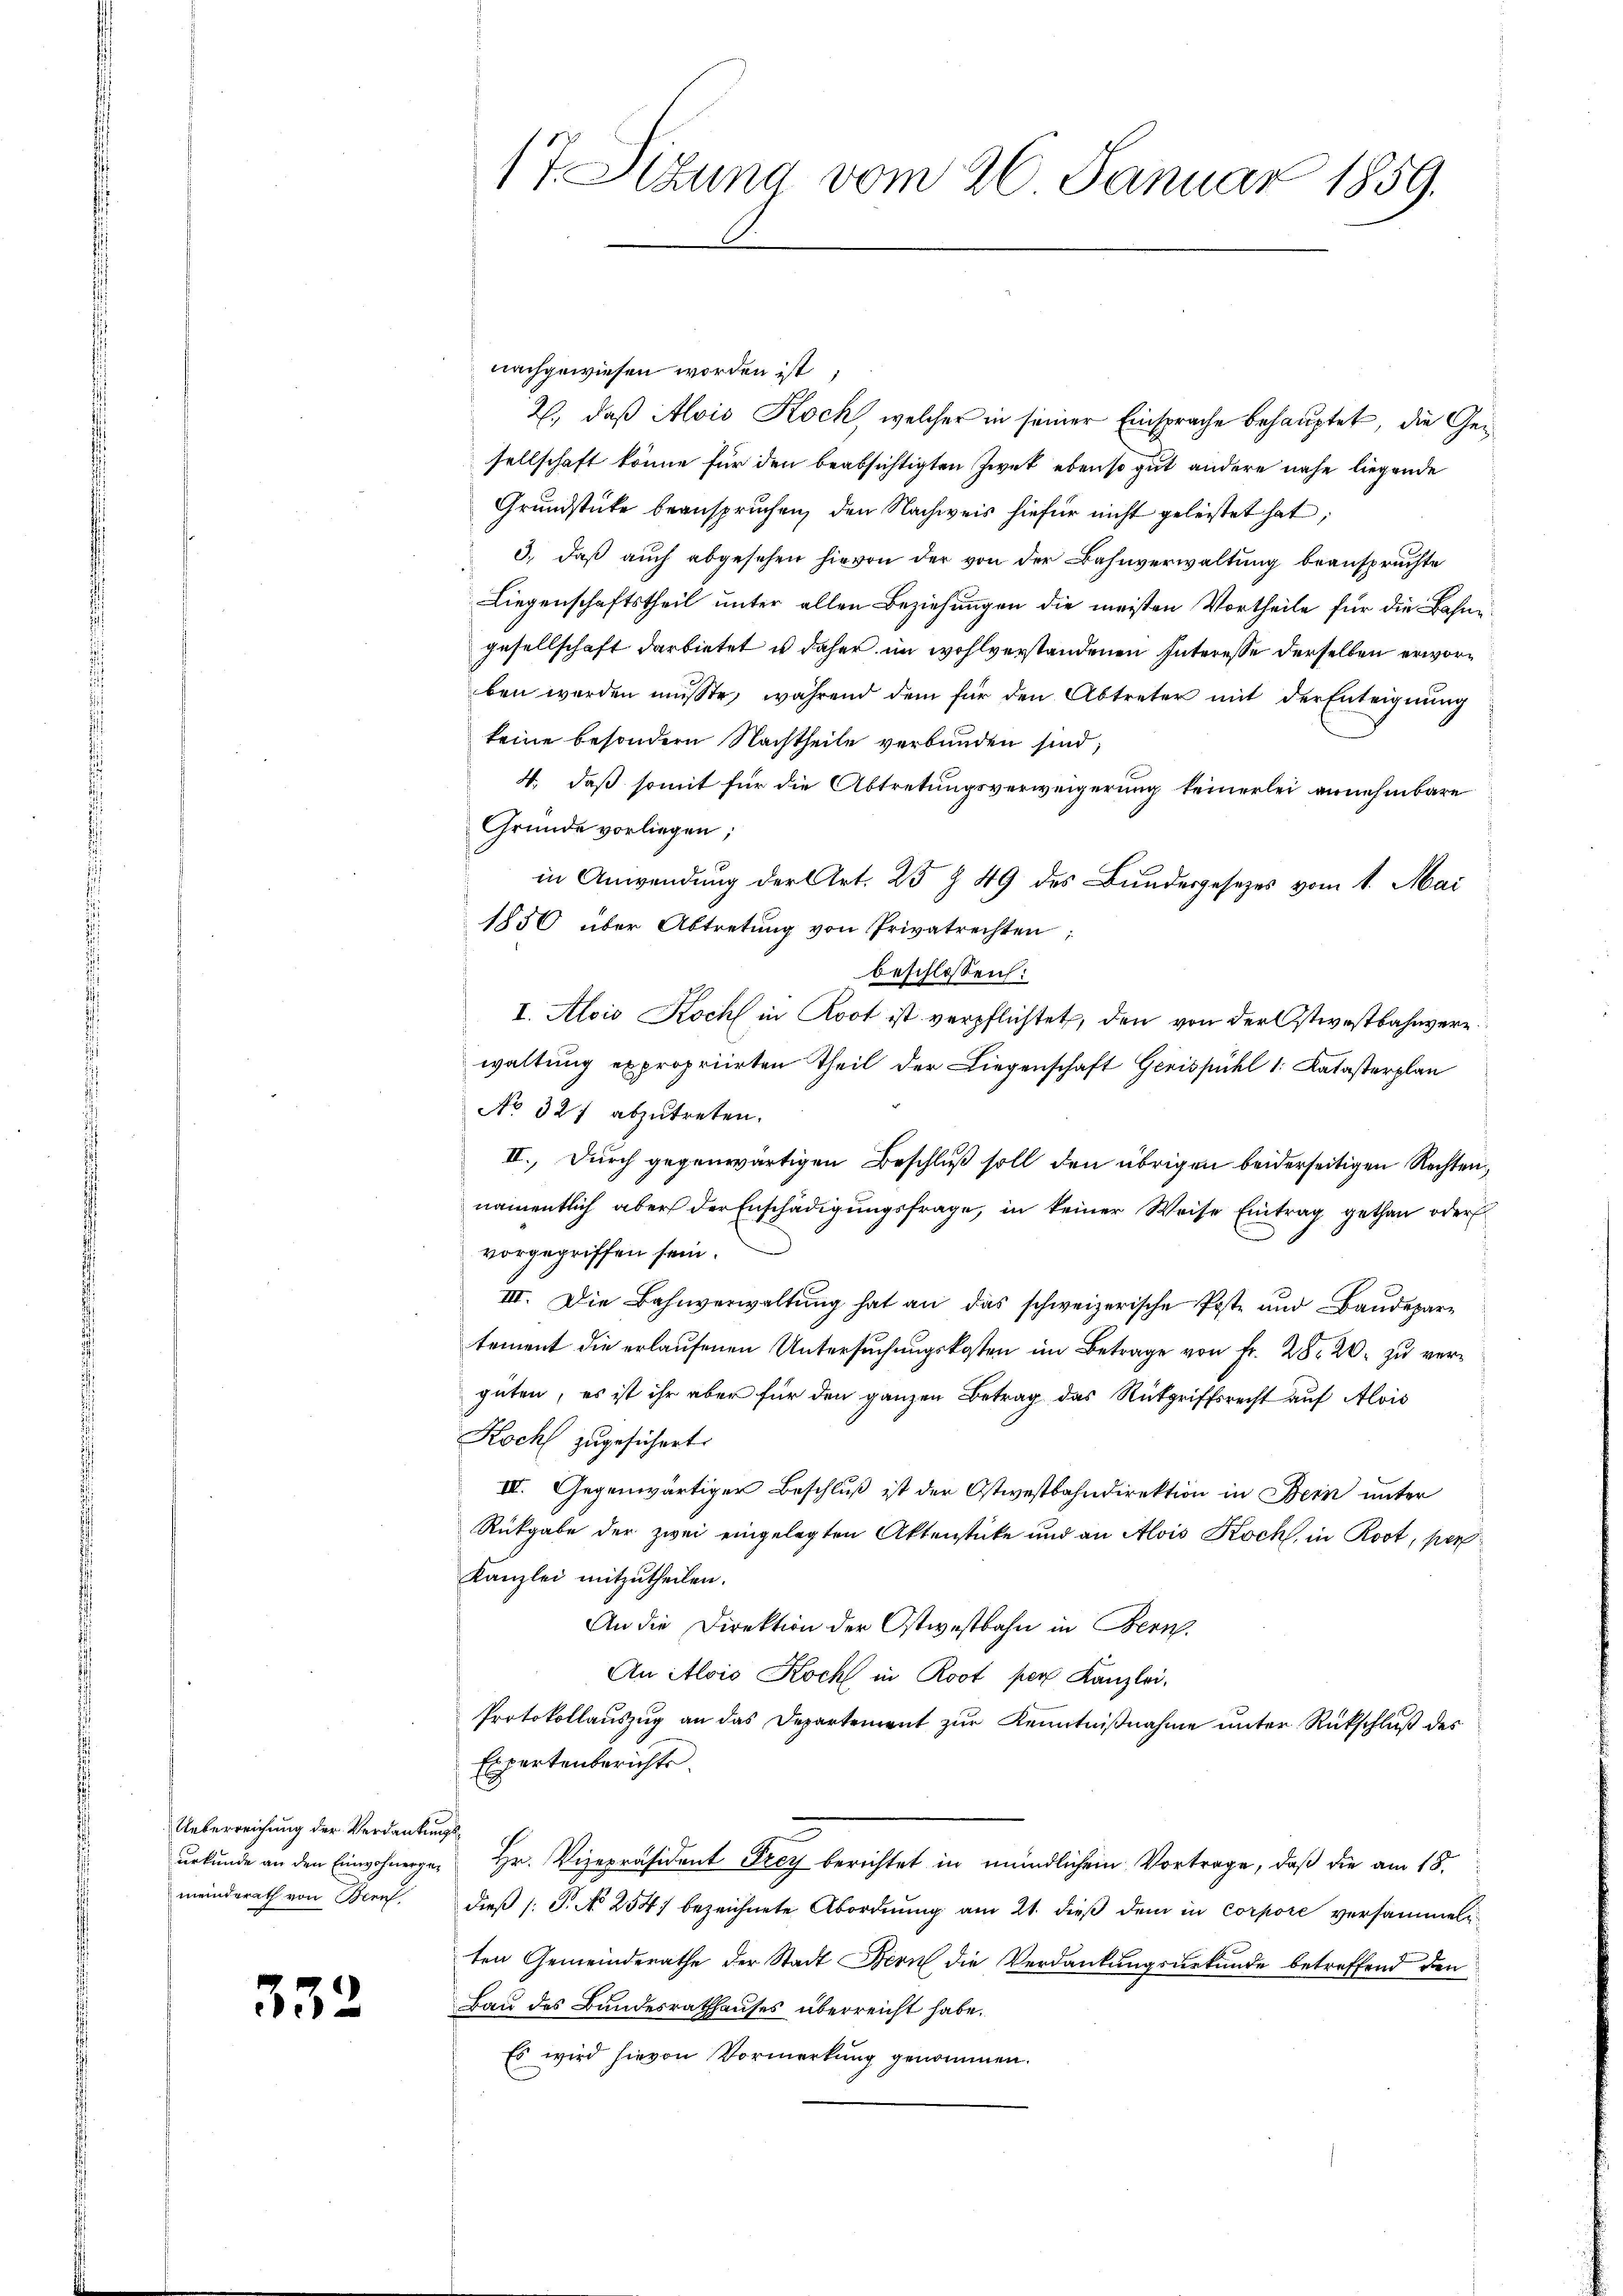
Ueberreichung der Verdankungsmeinderath von Beruf

332

17 Sizung vom 26. Januar 1859.

nachgewiesen worden ist;
2., daß Alois Koch, welcher in seiner Einsprache behauptet, die Gesellschaft könne für den beabsichtigten Zweck ebenso gut andere nahe liegende
Grundstücke beanspruchen, den Nachweis hiefür nicht geleistet hat;
3.) Daß auch abgesehen hievon der von der Bahnverwaltung beansprüchte
Liegenschaftstheil unter allen Beziehungen die meisten Vortheile für die Bahngesellschaft darbietet u daher im wohlverstandenen Interesse derselben erworben werden müsste, während dem für den Abtreter mit der Enteignung
keine besondern Nachtheile verbunden sind;
4., daß somit für die Abtretungsverweigerung keinerlei annehmbare
Gründe vorliegen;
in Anwendung der Art. 25 § 49 des Bundesgesezes vom 1. Mai
1850 über Abtretŭng von Privatrechten;
beschlossen:
I. Alois Koch in Root ist verpflichtet, den von der Ostwestbahnvere
waltung expropriirten Theil der Liegenschaft Gerispühl 1: Katasterplan
No 327 abzutreten.
II., durch gegenwärtigen Beschluß soll den übrigen beiderseitigen Rechten,
namentlich aber der Enschädigungsfrage, in keiner Weise Eintrag gethan oder
vorgegriffen sein.
III. Die Bahnverwaltŭng hat an das schweizerische Poste und Baudepartement die erlaufenen Untersuchungskosten im Betrage von Fr. 28. 20. zu vergüten, es ist ihr aber für den ganzen Betrag das Rückgriffsrecht auf Alois
Koch zugesichert.
III. Gegenwärtiger Beschluß ist der Ostwestbahndirektion in Bern unter
Rückgabe der zwei eingelegten Aktenstücke und an Alois Koch, in Root, per¬
Kanzlei mitzutheilen.
An die Direktion der Ostwestbahn in Bern
An Alois Koch in Root per Kanzlei,
Protokollauszug an das Departement zur Kenntnißnahme unter Rückschluß des
Expertenberichts.
urkunde an den Einwohnerger Hr. Vizepräsident Frey berichtet in mündlichen Vortrage, daß die am 18.
dieß (T. No 2547 bezeichnete Abordnung am 21. dieß dem in Corpore versammeln
ten Gemeinderathe der Stadt Bern die Verdankungsurkunde betreffend den
Bau des Bundesrathhauses überreicht habe.
Es wird hievon Vormerkung genommen.